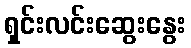
ရှင်းလင်းဆွေးနွေး